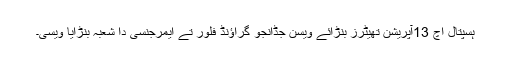
ہسپتال اچ 13آپریشن تھیٹرز بنڑائے ویسن جڈانجو گراﺅنڈ فلور تے ایمرجنسی دا شعبہ بنڑایا ویسی۔